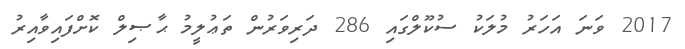
2017 ވަނަ އަހަރު މުލަކު ސުކޫލްގައި 286 ދަރިވަރުން ތަޢުލީމު ޙާޞިލް ކޮށްފައިވާއިރު